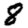
Digit: 8